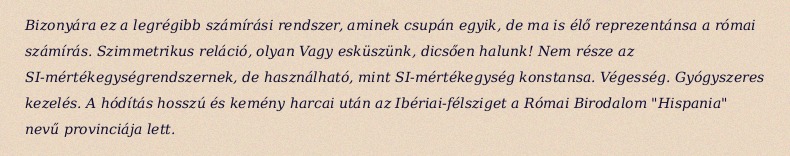
Bizonyára ez a legrégibb számírási rendszer, aminek csupán egyik, de ma is élő reprezentánsa a római számírás. Szimmetrikus reláció, olyan Vagy esküszünk, dicsően halunk! Nem része az SI-mértékegységrendszernek, de használható, mint SI-mértékegység konstansa. Végesség. Gyógyszeres kezelés. A hódítás hosszú és kemény harcai után az Ibériai-félsziget a Római Birodalom "Hispania" nevű provinciája lett.